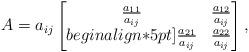
LaTeX: \begin{align*}A = a_{ij}\begin{bmatrix}\frac{a_{11}}{a_{ij}} & \frac{a_{12}}{a_{ij}}\\begin{align*}5pt]\frac{a_{21}}{a_{ij}} & \frac{a_{22}}{a_{ij}}\end{bmatrix},\end{align*}